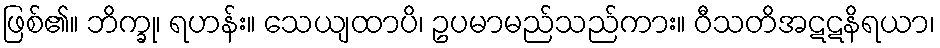
ဖြစ်၏။ ဘိက္ခု၊ ရဟန်း။ သေယျထာပိ၊ ဥပမာမည်သည်ကား။ ဝီသတိအဋဋနိရယာ၊